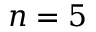
n = 5